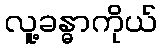
လူ့ခန္ဓာကိုယ်